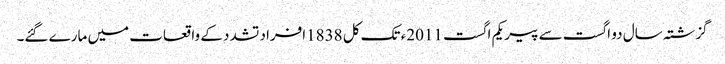
گزشتہ سال دو اگست سے پیر یکم اگست 2011ء تک کل 1838افراد تشدد کے واقعات میں مارے گئے۔